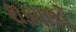
શકયાજો